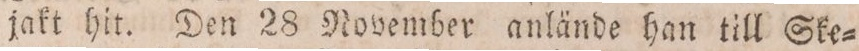
jakt hit. Den 28 November anlände han till Ske-